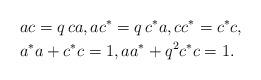
LaTeX: \begin{align*}&a c = q \, c a, a c^* = q \, c^* a, c c^* = c^* c, \\&a^* a + c^* c =1, a a^* + q^2 c^* c = 1. \end{align*}